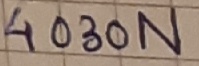
Text: 4030N